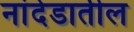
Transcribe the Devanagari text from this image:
नांदेडातील